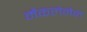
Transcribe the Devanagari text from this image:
मैकलेनेन